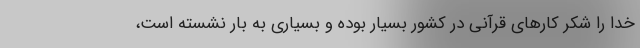
خدا را شکر کارهای قرآنی در کشور بسیار بوده و بسیاری به بار نشسته است،